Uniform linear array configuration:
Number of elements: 4
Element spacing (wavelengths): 0.25
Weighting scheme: cosine
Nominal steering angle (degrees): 45
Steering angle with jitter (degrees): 45.128
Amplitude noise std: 0.05
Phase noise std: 0.05

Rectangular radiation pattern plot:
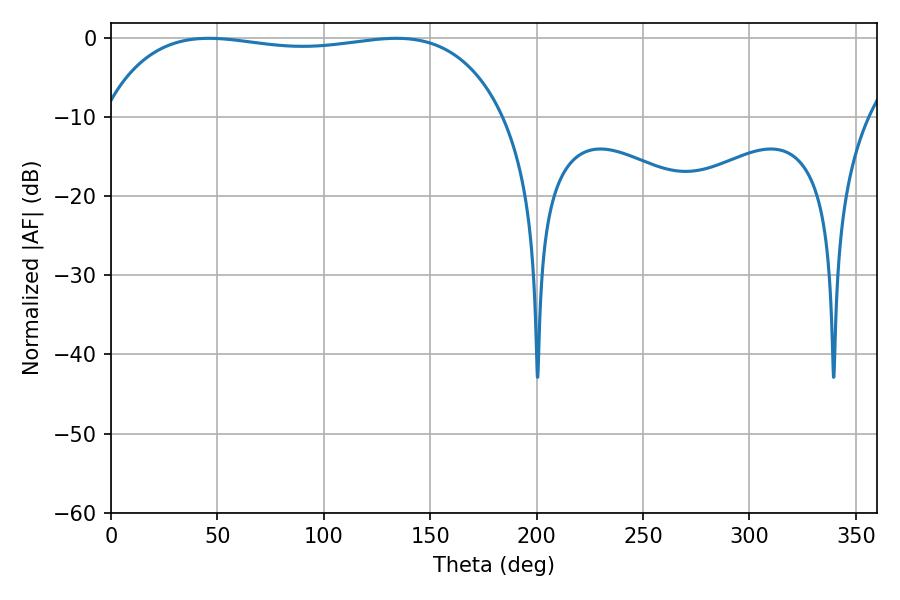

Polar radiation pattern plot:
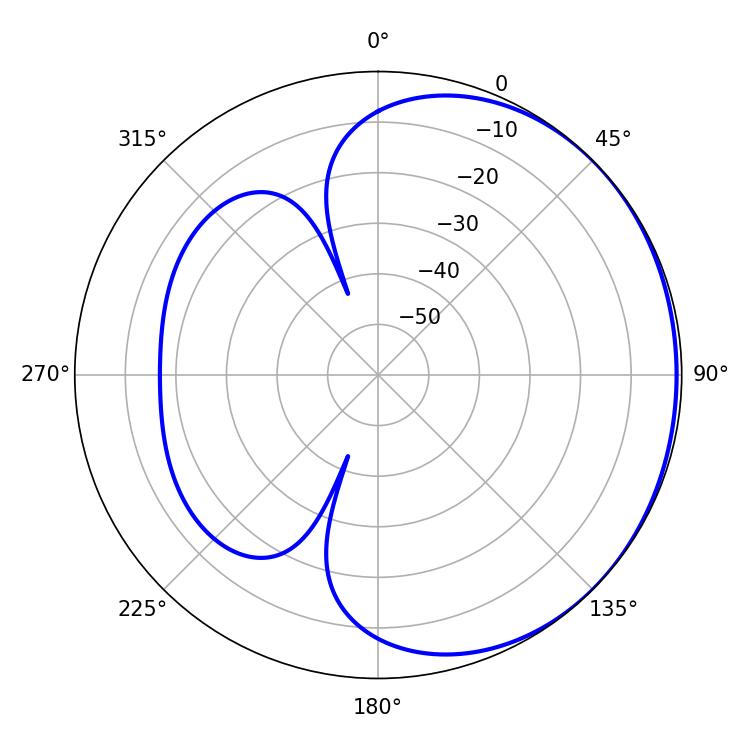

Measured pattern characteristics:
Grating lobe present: FALSE
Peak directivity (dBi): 0.7799
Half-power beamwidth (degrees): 151.56
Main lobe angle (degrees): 45.9